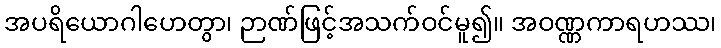
အပရိယောဂါဟေတွာ၊ ဉာဏ်ဖြင့်အသက်ဝင်မူ၍။ အဝဏ္ဏကာရဟဿ၊